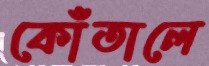
কোঁতালে